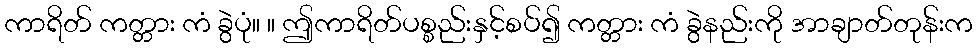
ကာရိတ် ကတ္တား ကံ ခွဲပုံ။ ။ ဤကာရိတ်ပစ္စည်းနှင့်စပ်၍ ကတ္တား ကံ ခွဲနည်းကို အာချာတ်တုန်းက